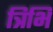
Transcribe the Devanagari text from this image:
त्रिभि